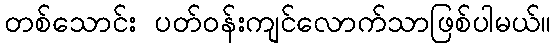
တစ်သောင်း ပတ်ဝန်းကျင်လောက်သာဖြစ်ပါမယ်။